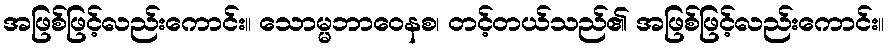
အဖြစ်ဖြင့်လည်းကောင်း။ သောမ္မဘာဝေနစ၊ တင့်တယ်သည်၏ အဖြစ်ဖြင့်လည်းကောင်း။